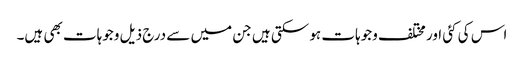
اس کی کئی اور مختلف وجوہات ہو سکتی ہیں جن میں سے درج ذیل وجوہات بھی ہیں۔